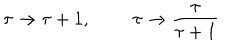
\tau \rightarrow \tau + 1 , \; \; \tau \rightarrow \frac { \tau } { \tau + 1 }